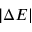
| \Delta E |